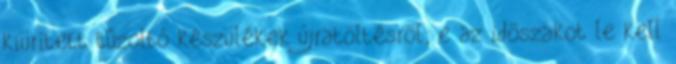
kiürített tûzoltó készülékek újratöltésrõl; e az idõszakot le kell